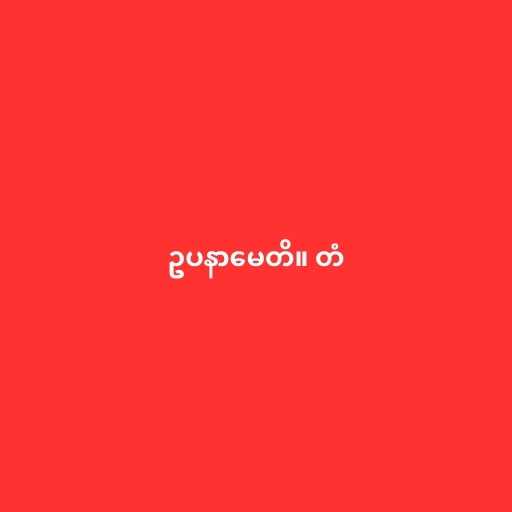
ဥပနာမေတိ။ တံ